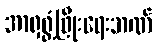
အာရှဖွံ့ဖြိုးရေးဘဏ်